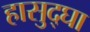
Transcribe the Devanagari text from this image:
हासुद्घा